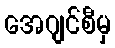
အေဂျင်စီမှ